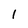
Character: 1